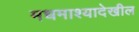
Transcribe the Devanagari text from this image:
मधमाश्यादेखील